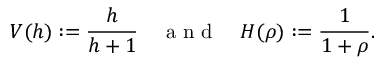
V ( h ) : = \frac { h } { h + 1 } \quad \mathrm { ~ a ~ n ~ d ~ } \quad H ( \rho ) : = \frac { 1 } { 1 + \rho } .